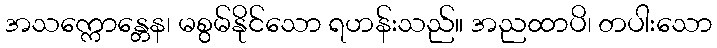
အသက္ကောန္တေန၊ မစွမ်နိုင်သော ရဟန်းသည်။ အညထာပိ၊ တပါးသော